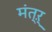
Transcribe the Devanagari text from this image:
मंत्ऱ्